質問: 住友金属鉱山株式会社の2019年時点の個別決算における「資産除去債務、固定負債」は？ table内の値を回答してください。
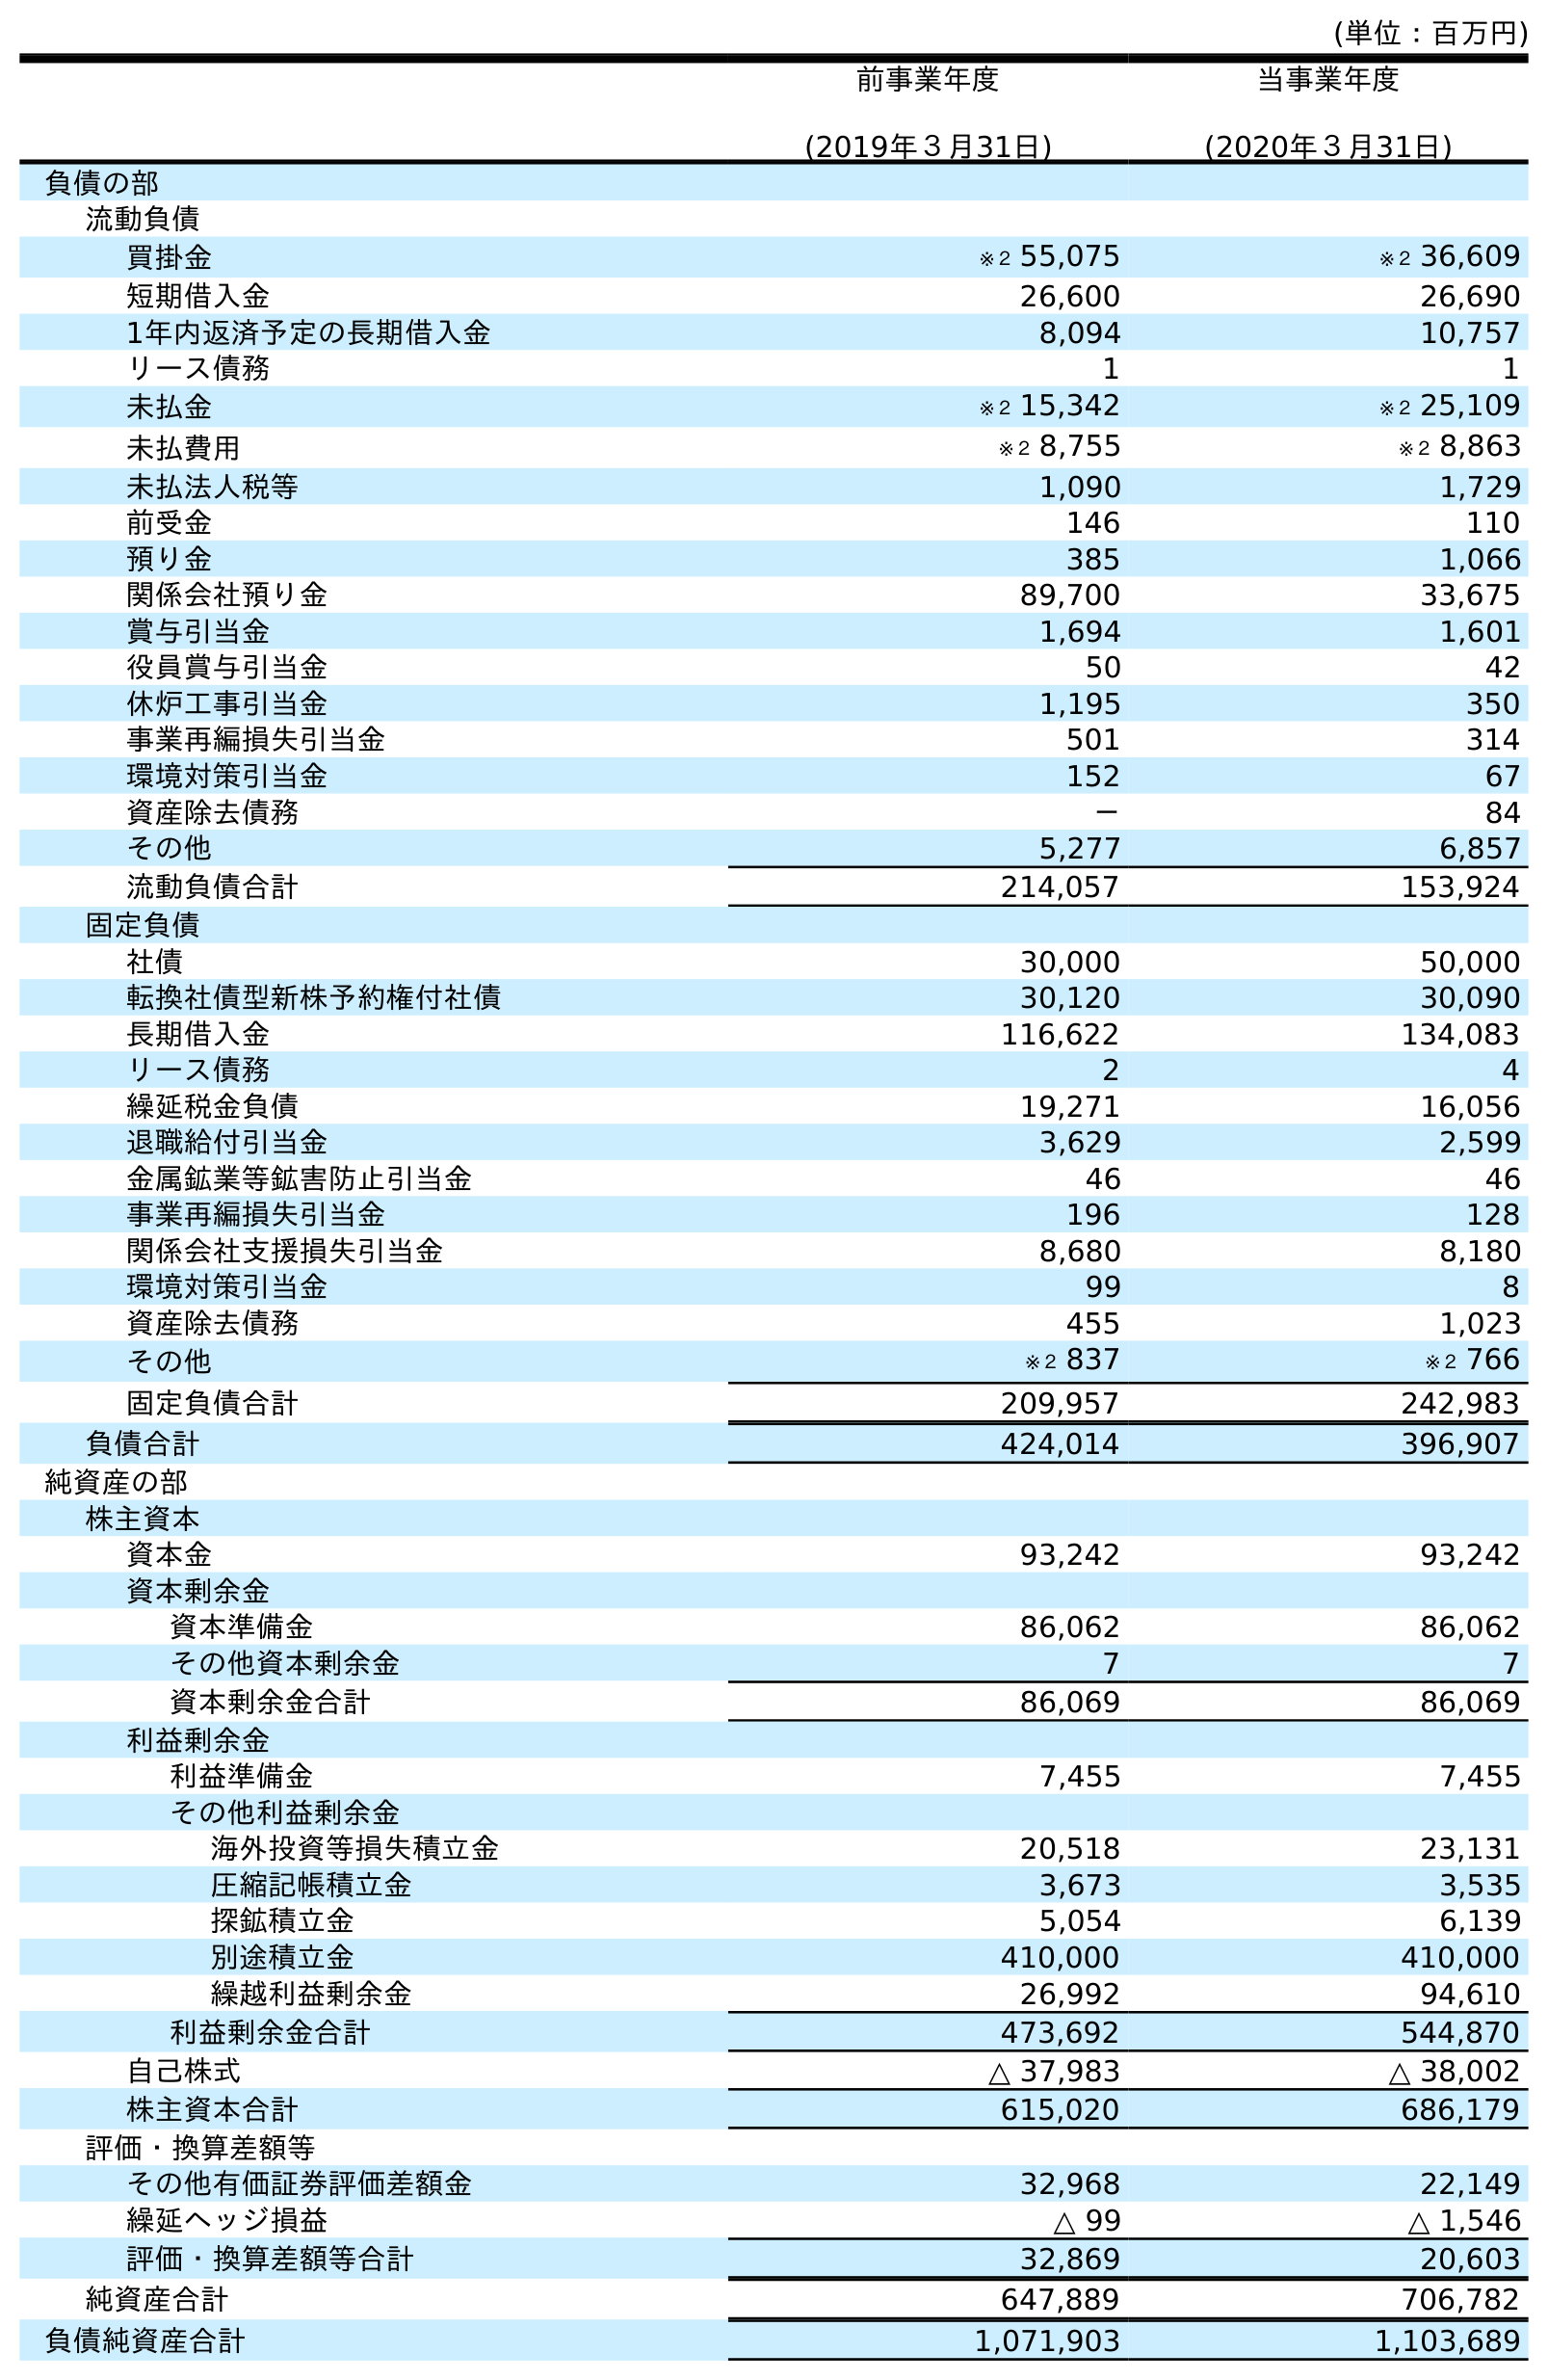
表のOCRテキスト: (単位：百万円) 前事業年度 (2019年３月31日) 当事業年度 (2020年３月31日) 負債の部 流動負債 買掛金 ※２ 55,075 ※２ 36,609 短期借入金 26,600 26,690 1年内返済予定の長期借入金 8,094 10,757 リース債務 1 1 未払金 ※２ 15,342 ※２ 25,109 未払費用 ※２ 8,755 ※２ 8,863 未払法人税等 1,090 1,729 前受金 146 110 預り金 385 1,066 関係会社預り金 89,700 33,675 賞与引当金 1,694 1,601 役員賞与引当金 50 42 休炉工事引当金 1,195 350 事業再編損失引当金 501 314 環境対策引当金 152 67 資産除去債務 － 84 その他 5,277 6,857 流動負債合計 214,057 153,924 固定負債 社債 30,000 50,000 転換社債型新株予約権付社債 30,120 30,090 長期借入金 116,622 134,083 リース債務 2 4 繰延税金負債 19,271 16,056 退職給付引当金 3,629 2,599 金属鉱業等鉱害防止引当金 46 46 事業再編損失引当金 196 128 関係会社支援損失引当金 8,680 8,180 環境対策引当金 99 8 資産除去債務 455 1,023 その他 ※２ 837 ※２ 766 固定負債合計 209,957 242,983 負債合計 424,014 396,907 純資産の部 株主資本 資本金 93,242 93,242 資本剰余金 資本準備金 86,062 86,062 その他資本剰余金 7 7 資本剰余金合計 86,069 86,069 利益剰余金 利益準備金 7,455 7,455 その他利益剰余金 海外投資等損失積立金 20,518 23,131 圧縮記帳積立金 3,673 3,535 探鉱積立金 5,054 6,139 別途積立金 410,000 410,000 繰越利益剰余金 26,992 94,610 利益剰余金合計 473,692 544,870 自己株式 △ 37,983 △ 38,002 株主資本合計 615,020 686,179 評価・換算差額等 その他有価証券評価差額金 32,968 22,149 繰延ヘッジ損益 △ 99 △ 1,546 評価・換算差額等合計 32,869 20,603 純資産合計 647,889 706,782 負債純資産合計 1,071,903 1,103,689
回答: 455